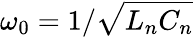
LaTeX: \omega_{0}=1/\sqrt{L_{n}C_{n}}